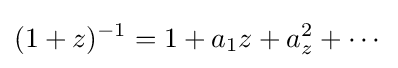
(1+z)^{-1}=1+a_{1}z+a_{z}^{2}+\cdots